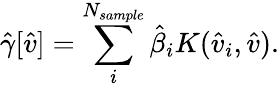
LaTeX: \hat{\gamma}[\hat{v}]=\sum_{i}^{N_{sample}}\hat{\beta}_{i}K(\hat{v}_{i},\hat{v}).